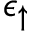
\epsilon _ { \uparrow }